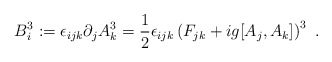
\begin{align*}B_{i}^{3} := \epsilon_{ijk} \partial_{j} A_{k}^{3} = \frac{1}{2}\epsilon_{ijk} \left( F_{jk} + ig [A_{j},A_{k}] \right)^{3} \ .\end{align*}